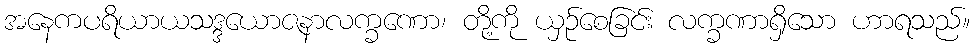
အနေကပရိယာယသဒ္ဒယောဇနာလက္ခဏော၊ တို့ကို ယှဉ်စေခြင်း လက္ခဏာရှိသော ဟာရသည်။